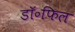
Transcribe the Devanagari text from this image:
डॉ॰फिल